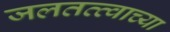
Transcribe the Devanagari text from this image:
जलतत्त्वाच्या